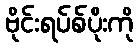
ဗိုင်းရပ်စ်ပိုးကို